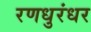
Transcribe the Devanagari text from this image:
रणधुरंधर